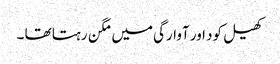
کھیل کود اور آوارگی میں مگن رہتا تھا ۔